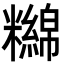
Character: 𥽔